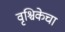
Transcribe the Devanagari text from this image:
वृश्चिकेचा